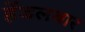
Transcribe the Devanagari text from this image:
हेंडलबार